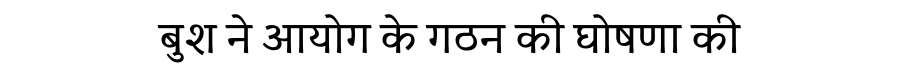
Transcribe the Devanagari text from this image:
बुश ने आयोग के गठन की घोषणा की